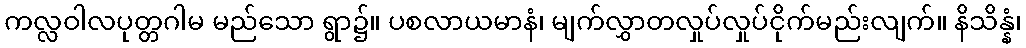
ကလ္လဝါလပုတ္တဂါမ မည်သော ရွာ၌။ ပစလာယမာနံ၊ မျက်လွှာတလှုပ်လှုပ်ငိုက်မည်းလျက်။ နိသိန္နံ၊